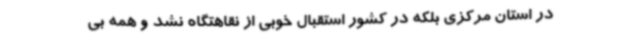
در استان مرکزی بلکه در کشور استقبال خوبی از نقاهتگاه نشد و همه بی